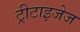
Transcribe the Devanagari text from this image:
ट्रीटाइजेज